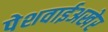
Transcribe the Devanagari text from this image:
पेशवाईअखेर